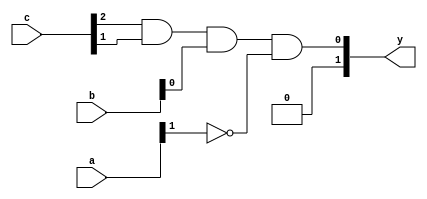
module PAL (
    input [N-1:0] a,        // N input lines
    input [M-1:0] b,        // M input lines (inverted if needed)
    input [P-1:0] c,        // P input lines (additional inputs)
    output [O-1:0] y        // O output lines
);

// Parameters defining sizes
parameter N = 8;         // Number of inputs
parameter M = 8;         // Number of inverted inputs
parameter P = 8;         // Number of additional inputs
parameter A = 4;         // Number of AND gates
parameter O = 2;         // Number of OR gates

// Define the programmable AND gates
wire [A-1:0] and_out;    // Output from the AND gates
wire [A-1:0] and_inputs[A-1:0]; // Programmable inputs for AND gates

// Define the connections for each AND gate
assign and_inputs[0] = {~a[0], a[1], 1'b0, b[2], c[3]};      // Example of programmable connections
assign and_inputs[1] = {a[0], ~b[1], bi[2], 1'b0};            // Another example connection
assign and_inputs[2] = {~a[2], a[3], b[3], 1'b0};            // Programmable connections
assign and_inputs[3] = {~a[1], b[0], c[1], c[2]};            // Last example of connections

// Instantiate the AND gates
genvar i;
generate
    for (i = 0; i < A; i = i + 1) begin : and_gate
        assign and_out[i] = and_inputs[i][0] & and_inputs[i][1] & and_inputs[i][2] & and_inputs[i][3]; // Logic for AND gate
    end
endgenerate

// Fixed OR array
wire or_out[O-1:0];  // Output from the OR gates
assign or_out[0] = and_out[0] | and_out[1]; // OR gate 1
assign or_out[1] = and_out[2] | and_out[3]; // OR gate 2

// Assign final output
assign y = {or_out[0], or_out[1]}; // Connect OR outputs to final output

endmodule